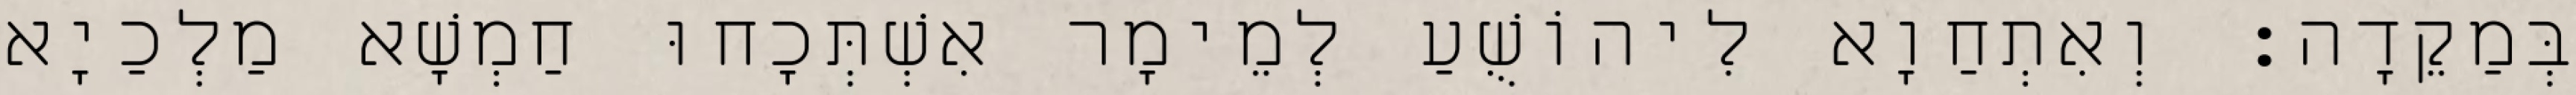
בְּמַקֵדָה׃ וְאִתְחַוָא לִיהוֹשֻׁעַ לְמֵימָר אִשְׁתְּכָחוּ חַמְשָׁא מַלְכַיָא